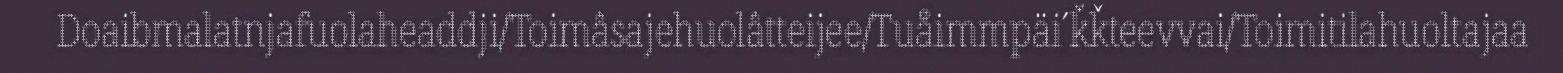
Doaibmalatnjafuolaheaddji/Toimâsajehuolâtteijee/Tuåimmpäi´ǩǩteevvai/Toimitilahuoltajaa